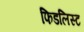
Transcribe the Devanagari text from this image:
फिडलिस्ट